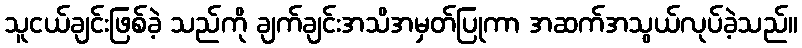
သူငယ်ချင်းဖြစ်ခဲ့ သည်ကို ချက်ချင်းအသိအမှတ်ပြုကာ အဆက်အသွယ်လုပ်ခဲ့သည်။